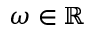
\omega \in \mathbb R